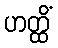
ဟတ္ထိံ